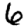
Digit: 6